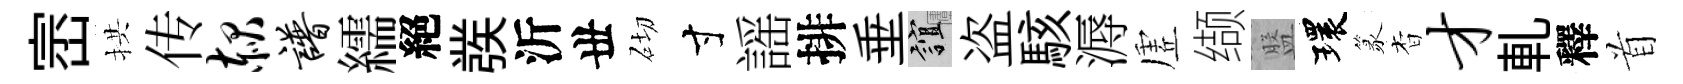
崈拱传赧谱繻絕彂沂丗砌寸謡排垂誼盗駭溽虗缬盤環篆杳才軋釋首